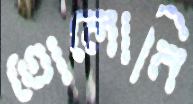
তোলোনি